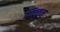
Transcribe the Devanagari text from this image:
चिन्‍तन